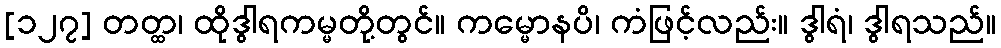
[၁၂၇] တတ္ထ၊ ထိုဒွါရကမ္မတို့တွင်။ ကမ္မောနပိ၊ ကံဖြင့်လည်း။ ဒွါရံ၊ ဒွါရသည်။